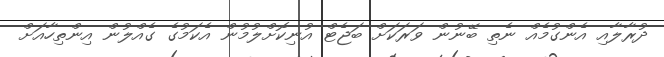
ދުރާލާއި އެންގުމެއް ނެތި ބޭނުން ވަރަކަށް ބަޖެޓް އުނިކޮށްލުމުން އެކަމުގެ ގެއްލުން އިންތިހާއަށް